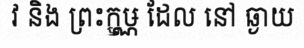
វ និង ព្រះក្ឫឞ្ណ ដែល នៅ ឆ្ងាយ